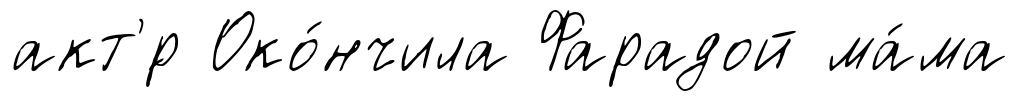
акт'́р Око́нчила Фарадой ма́ма